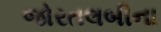
જોરતલબીના